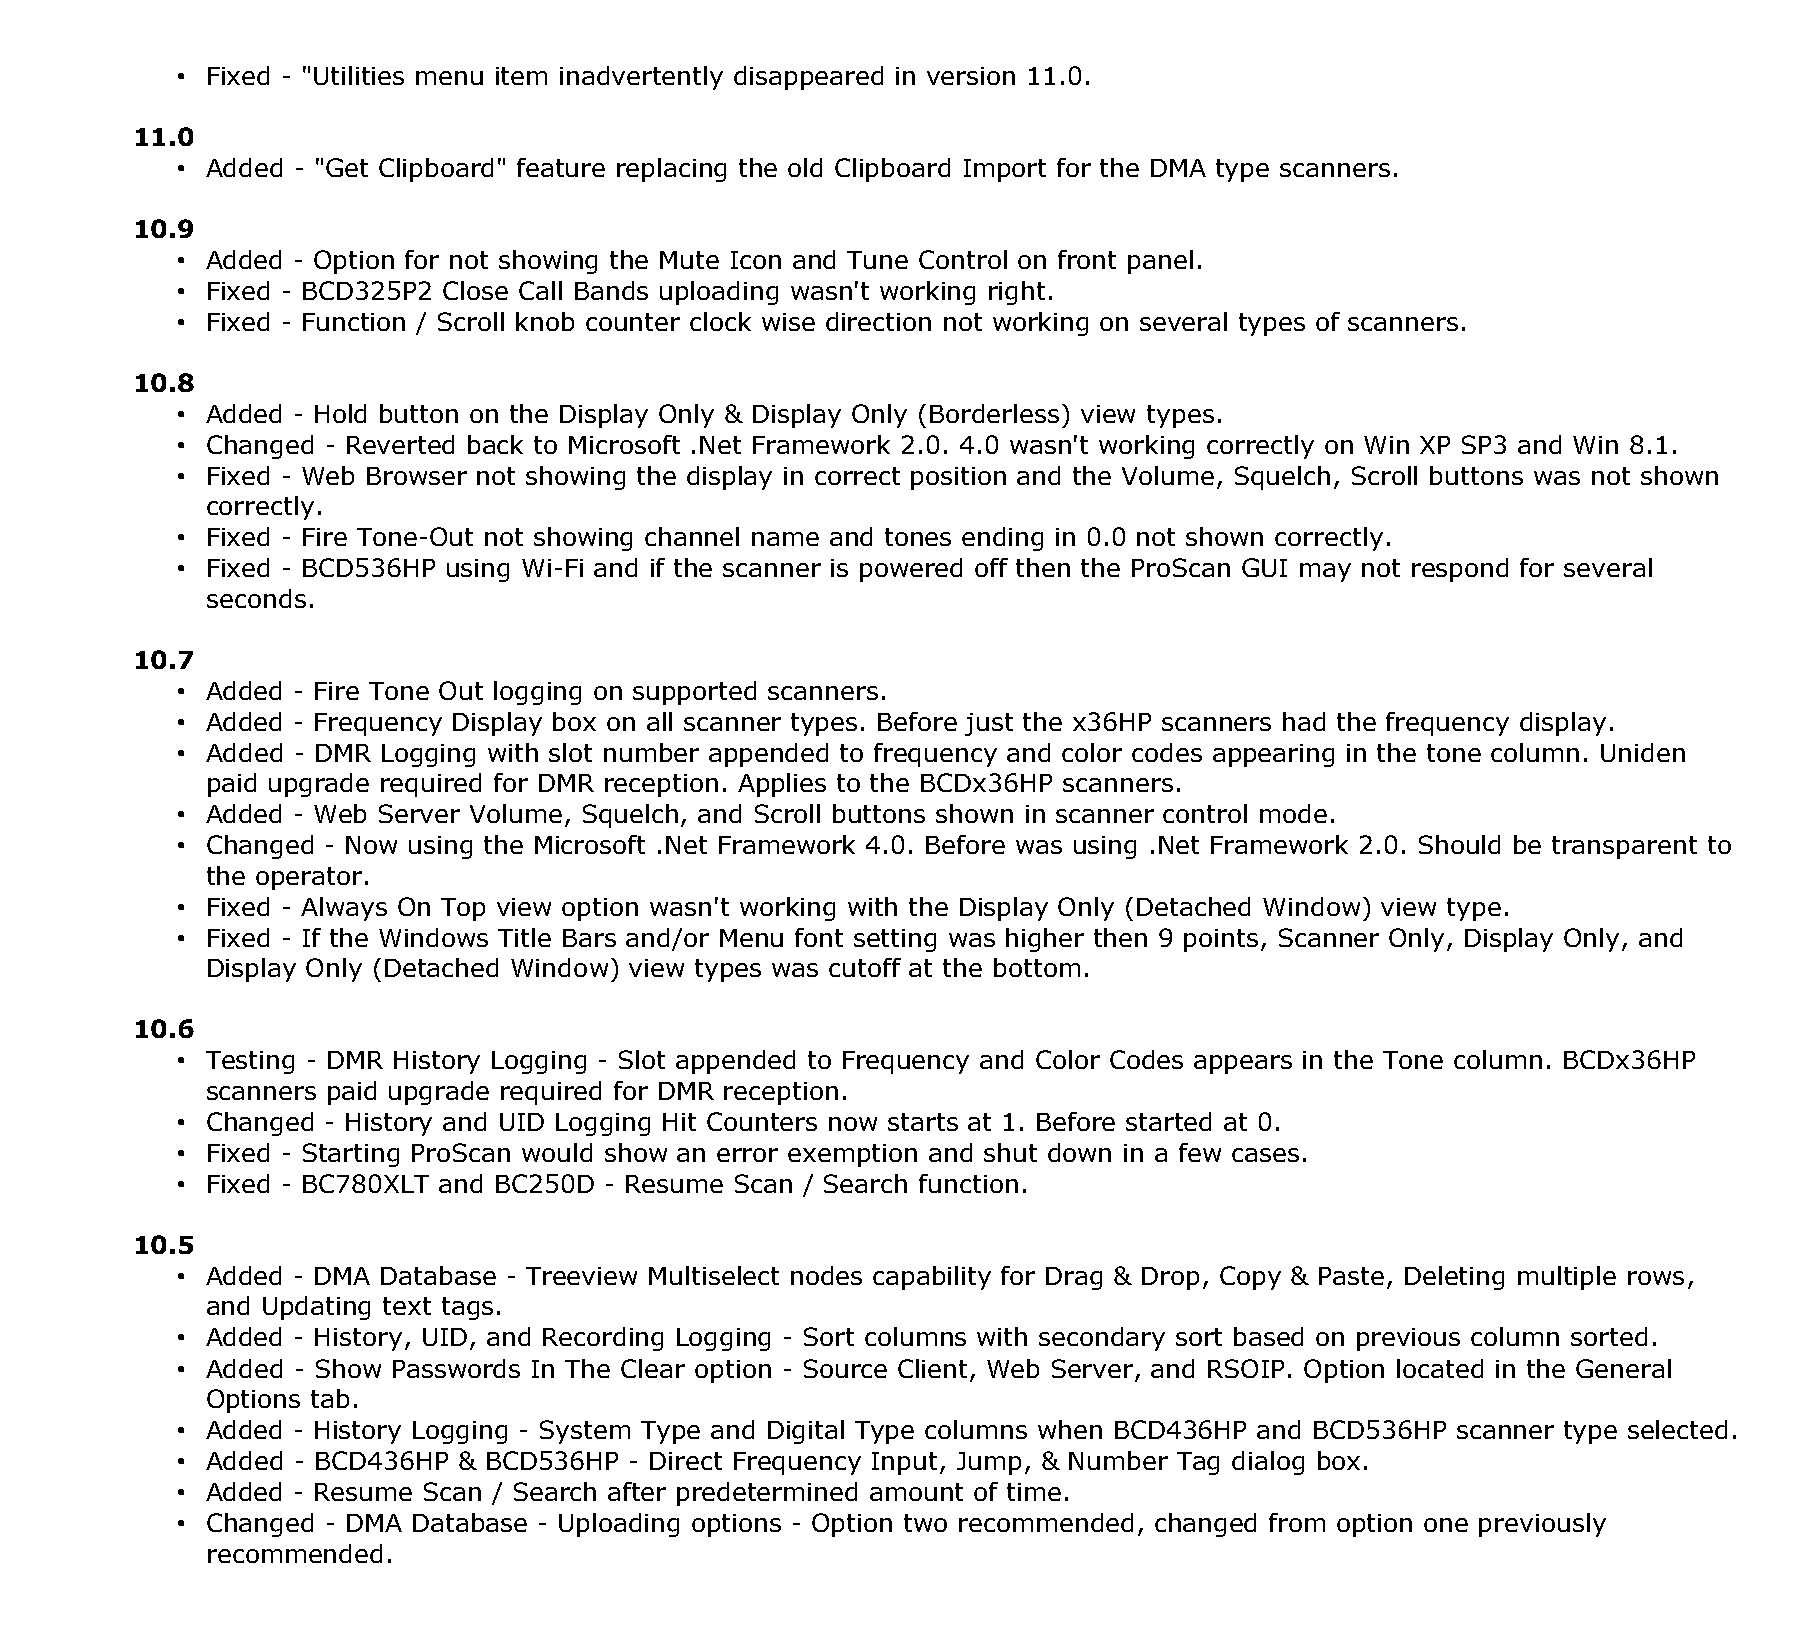
• Fixed - "Utilities menu item inadvertently disappeared in version 11.0.
 11.0
 • Added - "Get Clipboard" feature replacing the old Clipboard Import for the DMA type scanners.
 10.9
 • Added - Option for not showing the Mute Icon and Tune Control on front panel.
 • Fixed - BCD325P2 Close Call Bands uploading wasn't working right.
 • Fixed - Function / Scroll knob counter clock wise direction not working on several types of scanners.
 10.8
 • Added - Hold button on the Display Only & Display Only (Borderless) view types.
 • Changed - Reverted back to Microsoft .Net Framework 2.0. 4.0 wasn't working correctly on Win XP SP3 and Win 8.1.
 • Fixed - Web Browser not showing the display in correct position and the Volume, Squelch, Scroll buttons was not shown
 correctly.
 • Fixed - Fire Tone-Out not showing channel name and tones ending in 0.0 not shown correctly.
 • Fixed - BCD536HP using Wi-Fi and if the scanner is powered off then the ProScan GUI may not respond for several
 seconds.
 10.7
 • Added - Fire Tone Out logging on supported scanners.
 • Added - Frequency Display box on all scanner types. Before just the x36HP scanners had the frequency display.
 • Added - DMR Logging with slot number appended to frequency and color codes appearing in the tone column. Uniden
 paid upgrade required for DMR reception. Applies to the BCDx36HP scanners.
 • Added - Web Server Volume, Squelch, and Scroll buttons shown in scanner control mode.
 • Changed - Now using the Microsoft .Net Framework 4.0. Before was using .Net Framework 2.0. Should be transparent to
 the operator.
 • Fixed - Always On Top view option wasn't working with the Display Only (Detached Window) view type.
 • Fixed - If the Windows Title Bars and/or Menu font setting was higher then 9 points, Scanner Only, Display Only, and
 Display Only (Detached Window) view types was cutoff at the bottom.
 10.6
 • Testing - DMR History Logging - Slot appended to Frequency and Color Codes appears in the Tone column. BCDx36HP
 scanners paid upgrade required for DMR reception.
 • Changed - History and UID Logging Hit Counters now starts at 1. Before started at 0.
 • Fixed - Starting ProScan would show an error exemption and shut down in a few cases.
 • Fixed - BC780XLT and BC250D - Resume Scan / Search function.
 10.5
 • Added - DMA Database - Treeview Multiselect nodes capability for Drag & Drop, Copy & Paste, Deleting multiple rows,
 and Updating text tags.
 • Added - History, UID, and Recording Logging - Sort columns with secondary sort based on previous column sorted.
 • Added - Show Passwords In The Clear option - Source Client, Web Server, and RSOIP. Option located in the General
 Options tab.
 • Added - History Logging - System Type and Digital Type columns when BCD436HP and BCD536HP scanner type selected.
 • Added - BCD436HP & BCD536HP - Direct Frequency Input, Jump, & Number Tag dialog box.
 • Added - Resume Scan / Search after predetermined amount of time.
 • Changed - DMA Database - Uploading options - Option two recommended, changed from option one previously
 recommended.